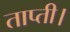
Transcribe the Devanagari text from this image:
ताप्ती।